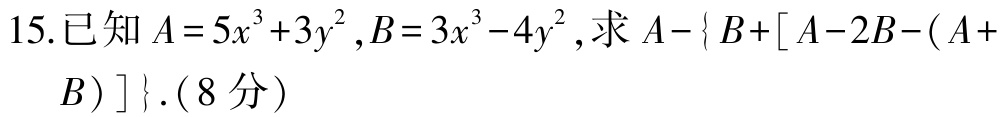
15.已知\(A = 5x^{3}+3y^{2},B = 3x^{3}-4y^{2}\),求\(A-\{ B+[A - 2B-(A + B)]\}\).(8分)